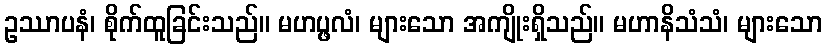
ဥဿာပနံ၊ စိုက်ထူခြင်းသည်။ မဟပ္ဖလံ၊ များသော အကျိုးရှိသည်။ မဟာနိသံသံ၊ များသော